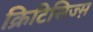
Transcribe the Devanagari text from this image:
क्रिटिसिज्म़